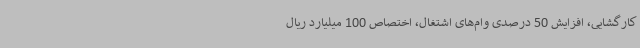
کارگشایی، افزایش 50 درصدی وام‌های اشتغال، اختصاص 100 میلیارد ریال